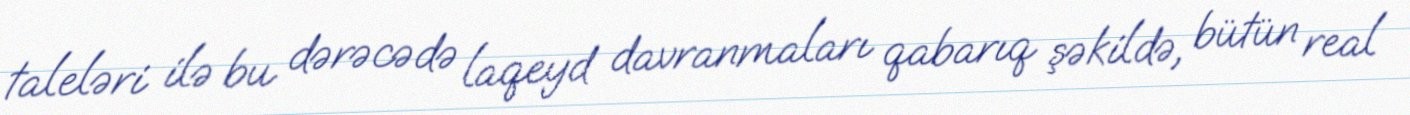
taleləri ilə bu dərəcədə laqeyd davranmaları qabarıq şəkildə, bütün real